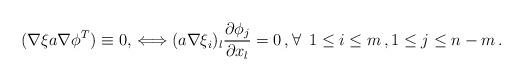
LaTeX: \begin{align*} (\nabla\xi a \nabla\phi^T) \equiv 0,\, \Longleftrightarrow (a\nabla\xi_i)_{l} \frac{\partial\phi_{j}}{\partial x_{l}} = 0\,, \forall\,~1 \le i\le m\,,1 \le j \le n-m\,. \end{align*}